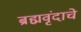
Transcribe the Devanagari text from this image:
ब्रह्मवृंदाचे